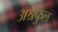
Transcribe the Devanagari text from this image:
अश्रफुल